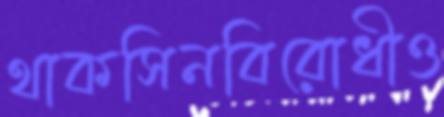
থাকসিনবিরোধীও